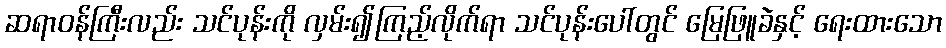
ဆရာဝန်ကြီးလည်း သင်ပုန်းကို လှမ်း၍ကြည့်လိုက်ရာ သင်ပုန်းပေါ်တွင် မြေဖြူခဲနှင့် ရေးထားသော